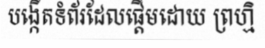
បង្កើតទំព័រដែលផ្តើមដោយ ព្រហ្មិ